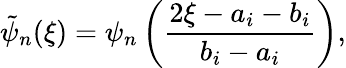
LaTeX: \tilde{\psi}_{n}(\xi)=\psi_{n}\left(\frac{2\xi-a_{i}-b_{i}}{b_{i}-a_{i}}\right),